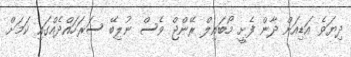
ދިޔަވެ އަޑިއަށް ދާން ފެށީ މޯބައިލް ރޭންޖް ވެސް ނުލިބޭ ސަރަހައްދެއްގައި ކަމަށް